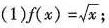
(1)$$f(x)= \sqrt{x}$$；